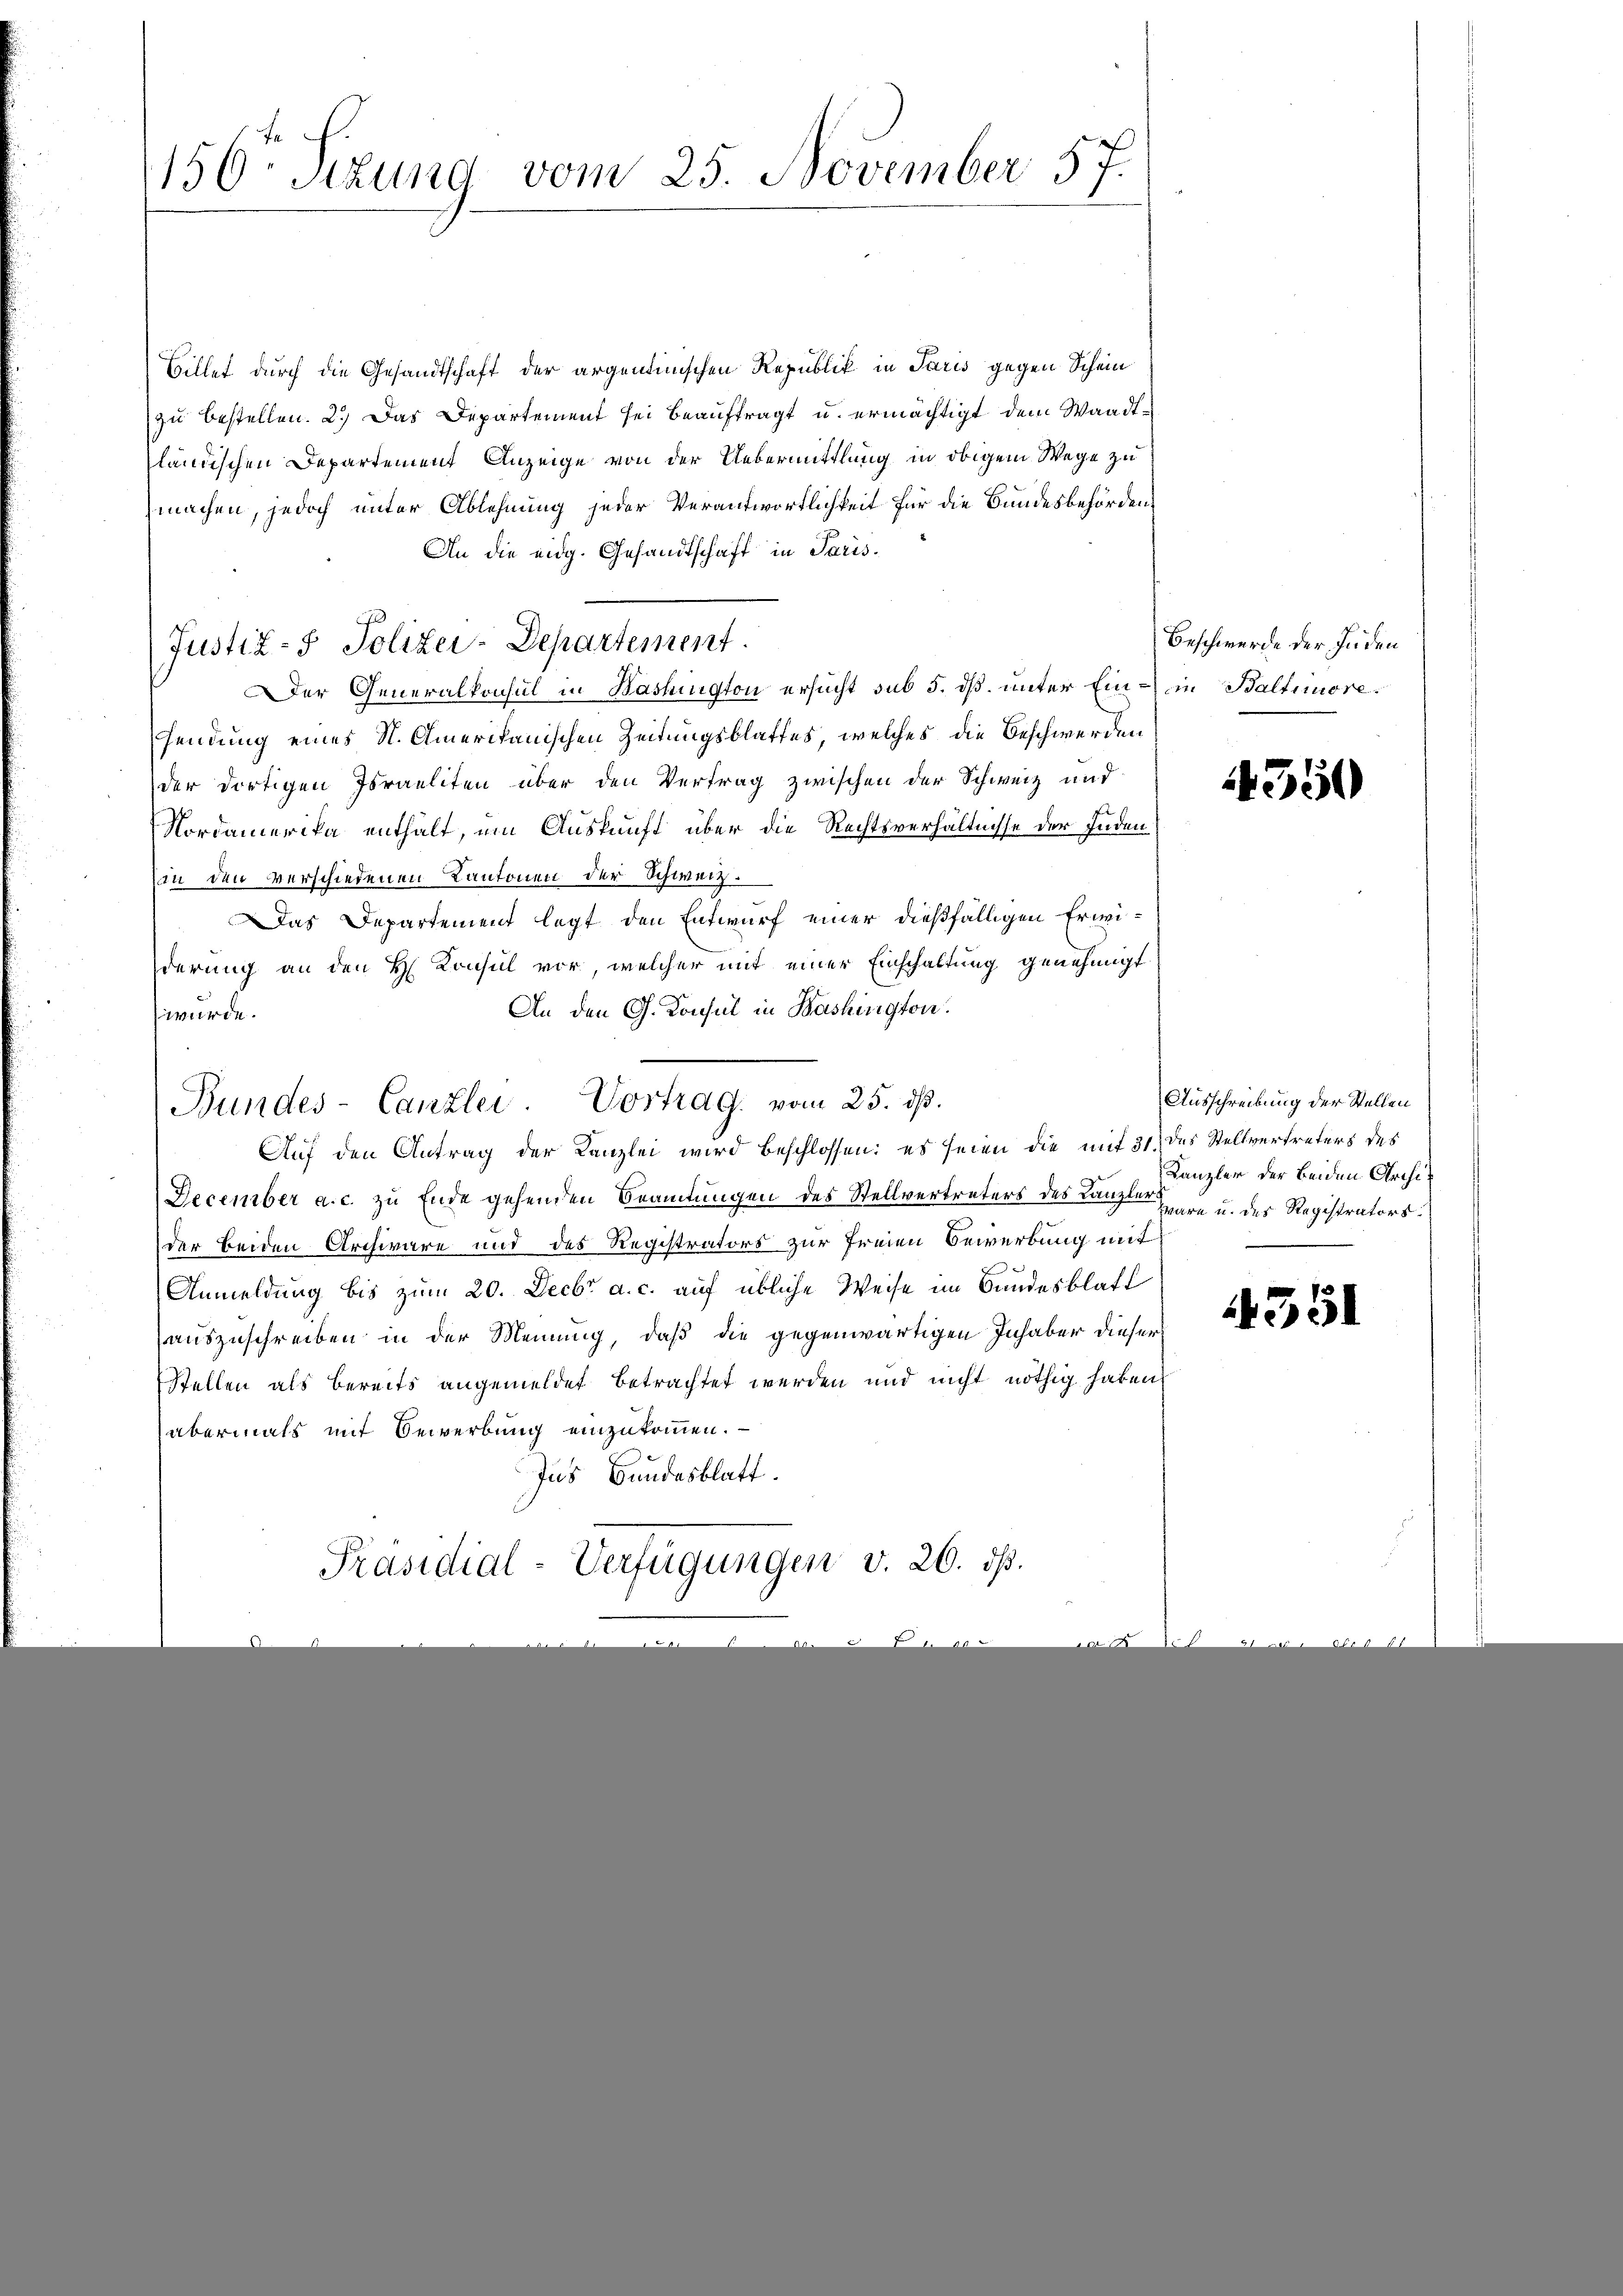
150. Sizung vom 25. November 57.

Billet durch die Gesandtschaft der argentinischen Republik in Paris gegen Schein
zu bestellen. 2.) Das Departement sei beauftragt u. ermächtigt dem Waadtländischen Departement Anzeige von der Uebermittlung in obigem Wege zu
machen, jedoch unter Ablehnung jeder Verantwortlichkeit für die Bundesbehörden,
An die eidg. Gesandtschaft in Paris¬
Justiz- & Polizei-Departement.
Der Generalkonsul in Washington ersucht sub 5. dß. unter Ein- in Baltioresendung eines St. Amerikanischen Zeitungsblattes, welches die Beschwerden
der dortigen Israeliten über den Vertrag zwischen der Schweiz und
Nordamerika enthalt, um Auskunft über die Rechtsverhältnisse der Judenin den verschiedenen Kantonen der Schweiz.
Das Departement legt den Entwurf einer dießfälligen Erwiderung an den H. Konsul vor, welcher mit einer Einschaltung genehmigt
An den G. Konsul in Bashington.
würde.
Bundes-Canzlei Vortrag vom 25. ds.
Auf den Antrag der Kanzlei wird beschlossen: es seien die mit 31 des Stellvertreters des
December a. c. zu Ende gehenden Beamtungen des Stellvertreters des Kanzler von u. der Registrators.
der beiden Archivare und des Registrators zur Freien Bewerbung mit
Anmeldung bis zum 20. Decbr a. c. auf übliche Weise im Bundesblatt
auszuschreiben in der Meinung, daß die gegenwärtigen Inhaber dieser
Stellen als bereits angemeldet betrachtet werden und nicht nöthig haben
abermals mit Bewerbung einzukommen.
Ins Bundesblatt.
Präsidial-Verfügungen v. 26. ds.

Beschwerde der Juden

350

Ausschreibung der Stellen
Kanzler der beiden Archi¬

4351